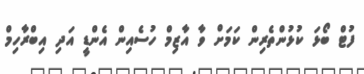
ފުޓް ބޯޅަ ކުޅުންތެރިން ކަމަށް ވާ އާޒިިމް ހުސެއިން އެންޑީ އަދި އިބްރާހިމް